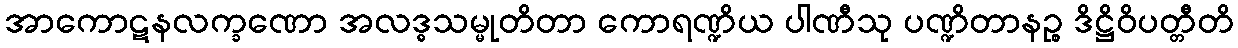
အာကောဋနလက္ခဏော အလဒ္ဓသမ္မုတိတာ ကောရဏ္ဍိယ ပါဏီသု ပဏ္ဍိတာနဉ္စ ဒိဋ္ဌိဝိပတ္တီတိ